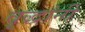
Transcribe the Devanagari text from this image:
वृद्धांनी